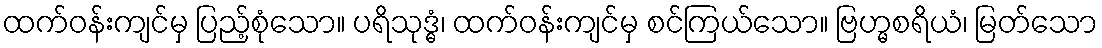
ထက်ဝန်းကျင်မှ ပြည့်စုံသော။ ပရိသုဒ္ဓံ၊ ထက်ဝန်းကျင်မှ စင်ကြယ်သော။ ဗြဟ္မစရိယံ၊ မြတ်သော